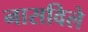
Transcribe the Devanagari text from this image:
नासविले